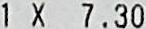
1 X 7.30